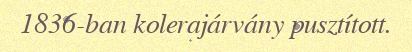
1836-ban kolerajárvány pusztított.